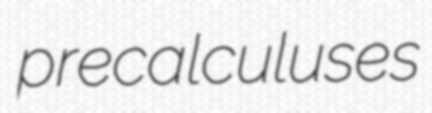
precalculuses